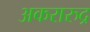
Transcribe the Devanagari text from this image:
अकरारुद्र